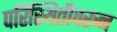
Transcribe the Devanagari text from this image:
परिस्थितीवरून